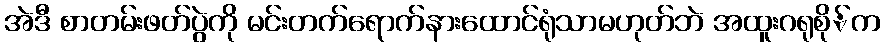
အဲဒီ စာတမ်းဖတ်ပွဲကို မင်းတက်ရောက်နားထောင်ရုံသာမဟုတ်ဘဲ အထူးဂရုစို်က